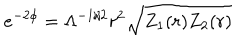
e ^ { - 2 \phi } = \Lambda ^ { - 1 / 2 } r ^ { 2 } \sqrt { Z _ { 1 } ( r ) Z _ { 2 } ( r ) }